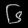
Digit: ၆